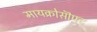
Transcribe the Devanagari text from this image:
मायक्रोसॊफ्ट